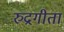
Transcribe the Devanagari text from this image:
रुद्रगीता